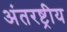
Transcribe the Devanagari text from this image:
अंतरष्ट्रीय